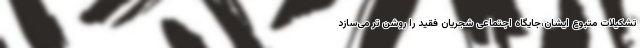
تشکیلات متبوع ایشان،جایگاه اجتماعی شجریان فقید را روشن تر می‌سازد